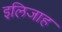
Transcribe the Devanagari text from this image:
इलिजाह